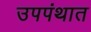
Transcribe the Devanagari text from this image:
उपपंथात